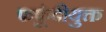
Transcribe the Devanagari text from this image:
फफूंदीयुक्त